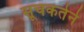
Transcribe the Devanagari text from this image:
सूचकतेने